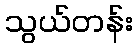
သွယ်တန်း